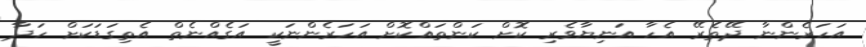
އަހަރެންނާ ދޭތެރޭ އެހާ އަނިޔާވެރި ކޮށް ކަންތައްކޮށް އަހަރެންނަކީ އަގެއްނެތް އެތިގަޑަކަށް ހަދާ